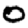
Digit: 0